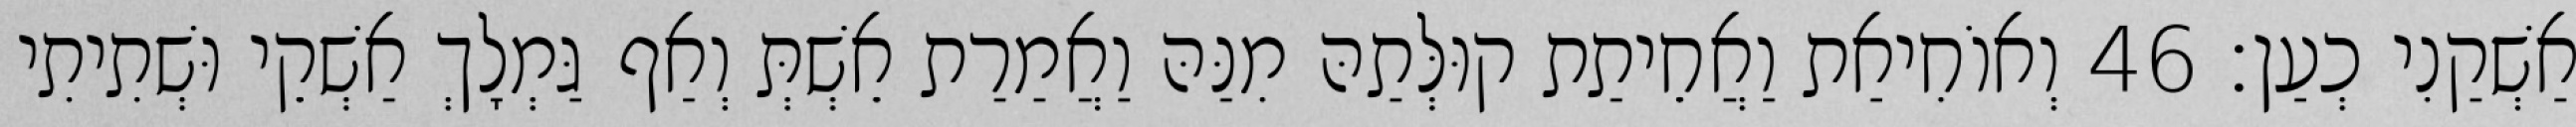
אַשְׁקַנִי כְעַן׃ 46 וְאוֹחִיאַת וַאֲחֵיתַת קוּלְּתַהּ מִנַּהּ וַאֲמַרַת אֵשְׁתְּ וְאַף גַּמְלָךְ אַשְׁקֵי וּשְׁתִיתִי